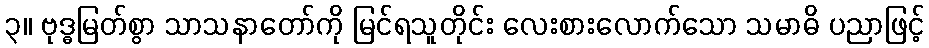
၃။ ဗုဒ္ဓမြတ်စွာ သာသနာတော်ကို မြင်ရသူတိုင်း လေးစားလောက်သော သမာဓိ ပညာဖြင့်